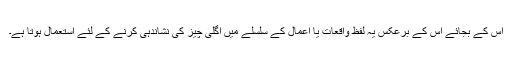
اس کے بجائے اس کے برعکس یہ لفظ واقعات یا اعمال کے سلسلے میں اگلی چیز کی نشاندہی کرنے کے لئے استعمال ہوتا ہے۔